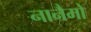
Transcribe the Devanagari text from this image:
नानैमो